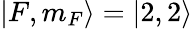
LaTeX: \left|F,m_{F}\right\rangle=\left|2,2\right\rangle